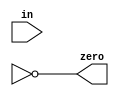
module zero_checker(zero, in);
    output zero;
    input [31:0] in;
    wire  [31:1] chain;

    or o1(chain[1], in[1], in[0]);
    // or o2(chain[2], in[2], chain[1]);
    // or o3(chain[3], in[3], chain[2]);
    // ...
    not n0(zero, chain[31]);
endmodule